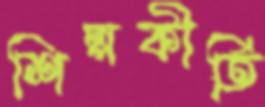
শিল্পকীর্তি